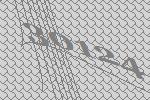
30124